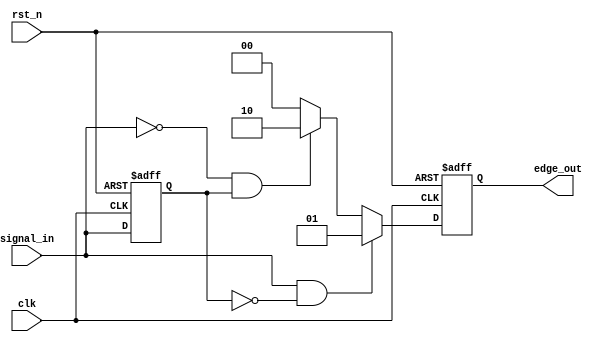
module differential_edge_detector (
    input wire clk,             // Clock input
    input wire rst_n,           // Asynchronous reset (active low)
    input wire signal_in,       // Input signal to detect edges
    output reg [1:0] edge_out   // Output signal indicating edge detection
);

    // Define state registers
    reg previous_state;         // Register to hold the previous state of the input

    // Edge detection states
    localparam NO_EDGE   = 2'b00; // No edge detected
    localparam RISING_EDGE = 2'b01; // Rising edge detected
    localparam FALLING_EDGE = 2'b10; // Falling edge detected

    // Asynchronous reset and synchronous edge detection
    always @(posedge clk or negedge rst_n) begin
        if (!rst_n) begin
            // Reset logic
            previous_state <= 1'b0;
            edge_out <= NO_EDGE;
        end else begin
            // Edge detection logic
            if (signal_in && !previous_state) begin
                // Rising edge detected
                edge_out <= RISING_EDGE;
            end else if (!signal_in && previous_state) begin
                // Falling edge detected
                edge_out <= FALLING_EDGE;
            end else begin
                // No edge detected
                edge_out <= NO_EDGE;
            end
            
            // Update the previous state
            previous_state <= signal_in;
        end
    end

endmodule